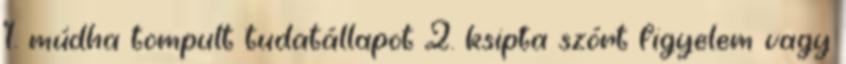
1. múdha tompult tudatállapot 2. ksipta szórt figyelem vagy